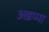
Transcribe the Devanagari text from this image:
अडप्पा